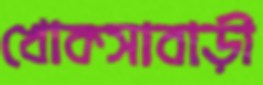
খোকসাবাড়ী